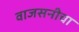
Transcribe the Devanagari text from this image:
वाजसनीचा